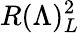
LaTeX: R(\Lambda)_{L}^{2}